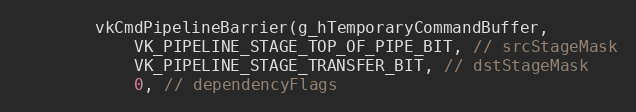
Language: C++
        vkCmdPipelineBarrier(g_hTemporaryCommandBuffer,
            VK_PIPELINE_STAGE_TOP_OF_PIPE_BIT, // srcStageMask
            VK_PIPELINE_STAGE_TRANSFER_BIT, // dstStageMask
            0, // dependencyFlags